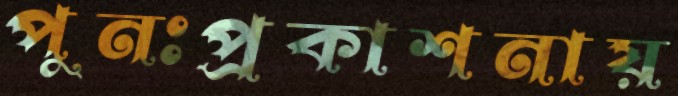
পুনঃপ্রকাশনায়